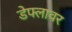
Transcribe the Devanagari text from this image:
डेफ्लावर